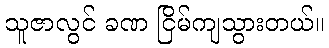
သူဇာလွင် ခဏ ငြိမ်ကျသွားတယ်။